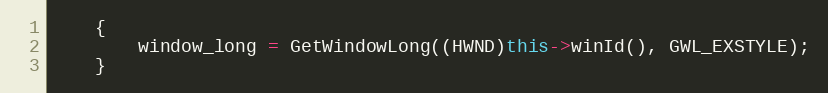
Language: C++
    {
        window_long = GetWindowLong((HWND)this->winId(), GWL_EXSTYLE);
    }